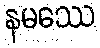
နမဿေ